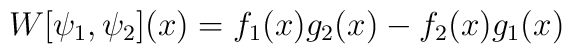
W[\psi _{1},\psi _{2}](x)=f_{1}(x)g_{2}(x)-f_{2}(x)g_{1}(x)